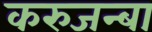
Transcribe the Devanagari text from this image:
करुजन्बा